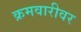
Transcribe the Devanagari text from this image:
क्रमवारीवर